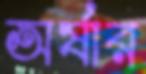
অর্ষার